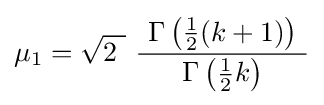
\mu _{1}={\sqrt {2\ }}\ {\frac {\ \Gamma \left({\tfrac {1}{2}}(k+1)\right)\ }{\Gamma \left({\tfrac {1}{2}}k\right)}}